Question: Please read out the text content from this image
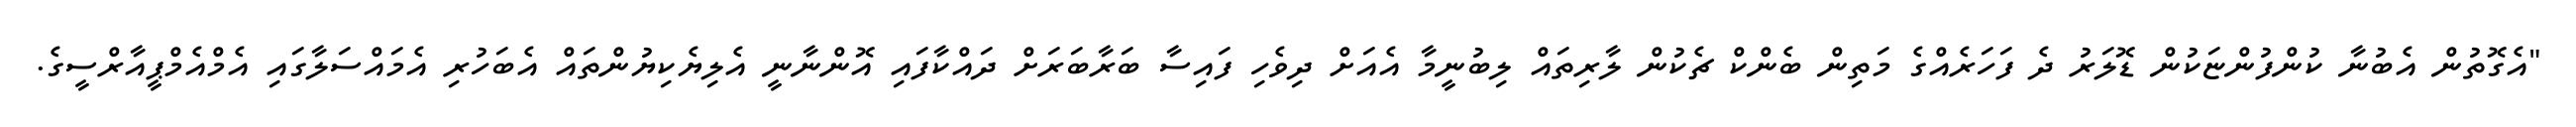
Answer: "އެގޮތުން އެބުނާ ކުންފުންޏަކުން ޑޮލަރު ދެ ފަހަރެއްގެ މަތިން ބެންކް ޗެކުން ލާރިތައް ލިބުނީމާ އެއަށް ދިވެހި ފައިސާ ބަރާބަރަށް ދައްކާފައި އޮންނާނީ އެލިޔެކިޔުންތައް އެބަހުރި އެމައްސަލާގައި އެމްއެމްޕީއާރްސީގެ.